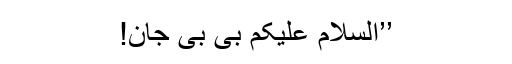
’’السلام علیکم بی بی جان!